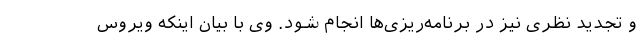
و تجدید نظری نیز در برنامه‌ریزی‌ها انجام شود. وی با بیان اینکه ویروس